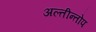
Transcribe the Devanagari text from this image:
अल्तीन्तोप